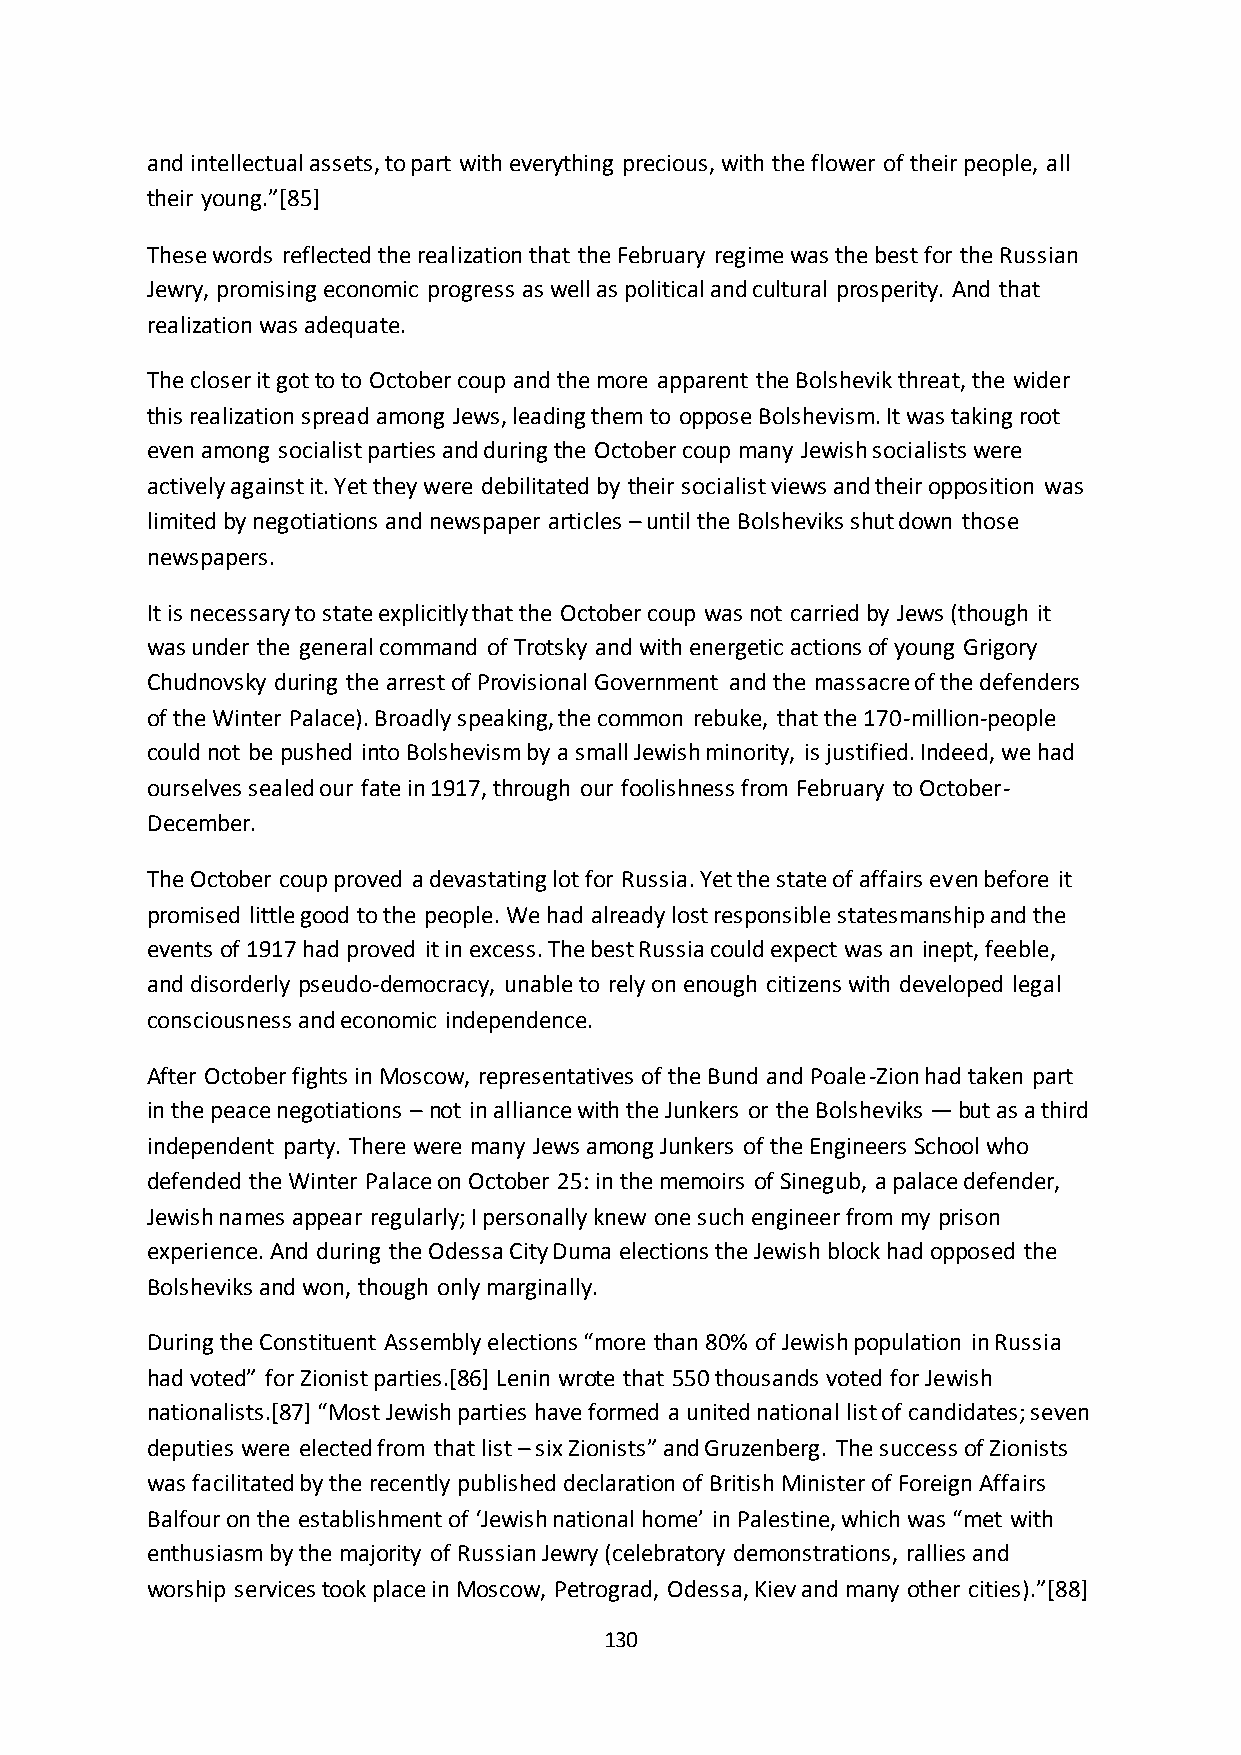
and intellectual assets, to part with everything precious, with the flower of their people, all
 their young.”*85+
 These words reflected the realization that the February regime was the best for the Russian
 Jewry, promising economic progress as well as political and cultural prosperity. And that
 realization was adequate.
 The closer it got to to October coup and the more apparent the Bolshevik threat, the wider
 this realization spread among Jews, leading them to oppose Bolshevism. It was taking root
 even among socialist parties and during the October coup many Jewish socialists were
 actively against it. Yet they were debilitated by their socialist views and their opposition was
 limited by negotiations and newspaper articles – until the Bolsheviks shut down those
 newspapers.
 It is necessary to state explicitly that the October coup was not carried by Jews (though it
 was under the general command of Trotsky and with energetic actions of young Grigory
 Chudnovsky during the arrest of Provisional Government and the massacre of the defenders
 of the Winter Palace). Broadly speaking, the common rebuke, that the 170-million-people
 could not be pushed into Bolshevism by a small Jewish minority, is justified. Indeed, we had
 ourselves sealed our fate in 1917, through our foolishness from February to October-
 December.
 The October coup proved a devastating lot for Russia. Yet the state of affairs even before it
 promised little good to the people. We had already lost responsible statesmanship and the
 events of 1917 had proved it in excess. The best Russia could expect was an inept, feeble,
 and disorderly pseudo-democracy, unable to rely on enough citizens with developed legal
 consciousness and economic independence.
 After October fights in Moscow, representatives of the Bund and Poale-Zion had taken part
 in the peace negotiations – not in alliance with the Junkers or the Bolsheviks — but as a third
 independent party. There were many Jews among Junkers of the Engineers School who
 defended the Winter Palace on October 25: in the memoirs of Sinegub, a palace defender,
 Jewish names appear regularly; I personally knew one such engineer from my prison
 experience. And during the Odessa City Duma elections the Jewish block had opposed the
 Bolsheviks and won, though only marginally.
 During the Constituent Assembly elections “more than 80% of Jewish population in Russia
 had voted” for Zionist parties.*86+ Lenin wrote that 550 thousands voted for Jewish
 nationalists.*87+ “Most Jewish parties have formed a united national list of candidates; seven
 deputies were elected from that list – six Zionists” and Gruzenberg. The success of Zionists
 was facilitated by the recently published declaration of British Minister of Foreign Affairs
 Balfour on the establishment of ‘Jewish national home’ in Palestine, which was “met with
 enthusiasm by the majority of Russian Jewry (celebratory demonstrations, rallies and
 worship services took place in Moscow, Petrograd, Odessa, Kiev and many other cities).”*88+
 130